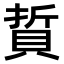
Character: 𫎘